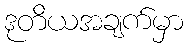
ဒုတိယအချက်မှာ